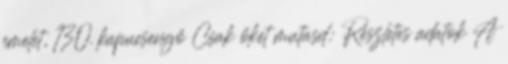
emelet, 130. kapucsengő Csak őket mutasd: Részletes adatok A